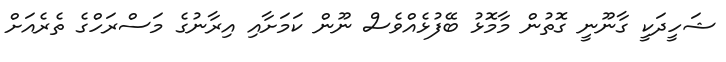
ޝަހީދަކީ ގާނޫނީ ގޮތުން މާމޮޅު ބޭފުޅެއްވެސް ނޫން ކަމަށާއި އިރާނުގެ މަސްރަހްގެ ތެރެއަށް